Scottish Education Department, 1920
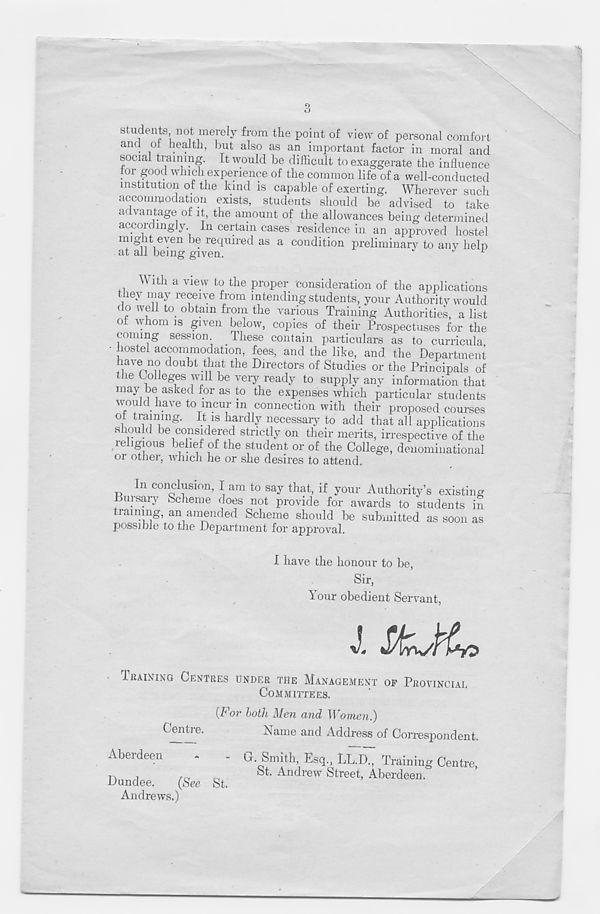
students not merely from the point of view of personal comfort
amt oi health, but also as an important factor in moral and
social training. It would be difficult to exaggerate the influence
tor good which experience of the common life of a well-conducted
institution of the kind is capable of exerting. Wherever such
accommodation exists, students should be advised to take
advantage of it, the amount of the allowances being determined
accordingly In certain cases residence in an approved hostel
might even be required as a condition preliminary to any help
at ail being given.
J
t
With a view to the proper consideration of the applications
tliey may receive from intending students, your Authority would
do well to. obtain from the various Training Authorities, a list
oi whom is given below, copies of their Prospectuses for the
coining session
These contain particulars as to curricula
hostel accommodation, fees, and the like, and the Department
have no doubt that the Directors of Studies or the Principals of
ie Colleges will be very ready to supply any information that
may be asked for as to the expenses which particular students
would have to incur in connection with their proposed courses
ot training. It is hardly necessary to add that all applications
should be considered strictly on their merits, irrespective of the
religious belief of the student or of the College, denominational
or other, which he or she desires to attend.
In conclusion. T am in
1P0+
A
>
• .•
I have the honour to be,
Sir,
Your obedient Servant,
TRAINING CENTRES UNDER THE MANAGEMENT OF PROVINCIAL
COMMITTEES.
(For both Men and Women.)
Name and Address of Correspondent.
Aberdeen
C. Smith, Esq., LL.D., Training Centre,
A T~1 rl -n/'VTTT .Q 4~ 4-
1
Dundee.
(See St.
Andrews.)
St. Andrew Street, Aberdeen.'